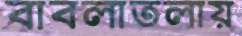
বাবলাতলায়